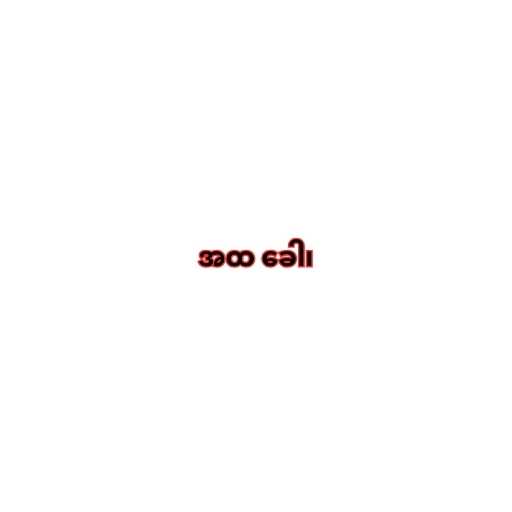
အထ ခေါ၊